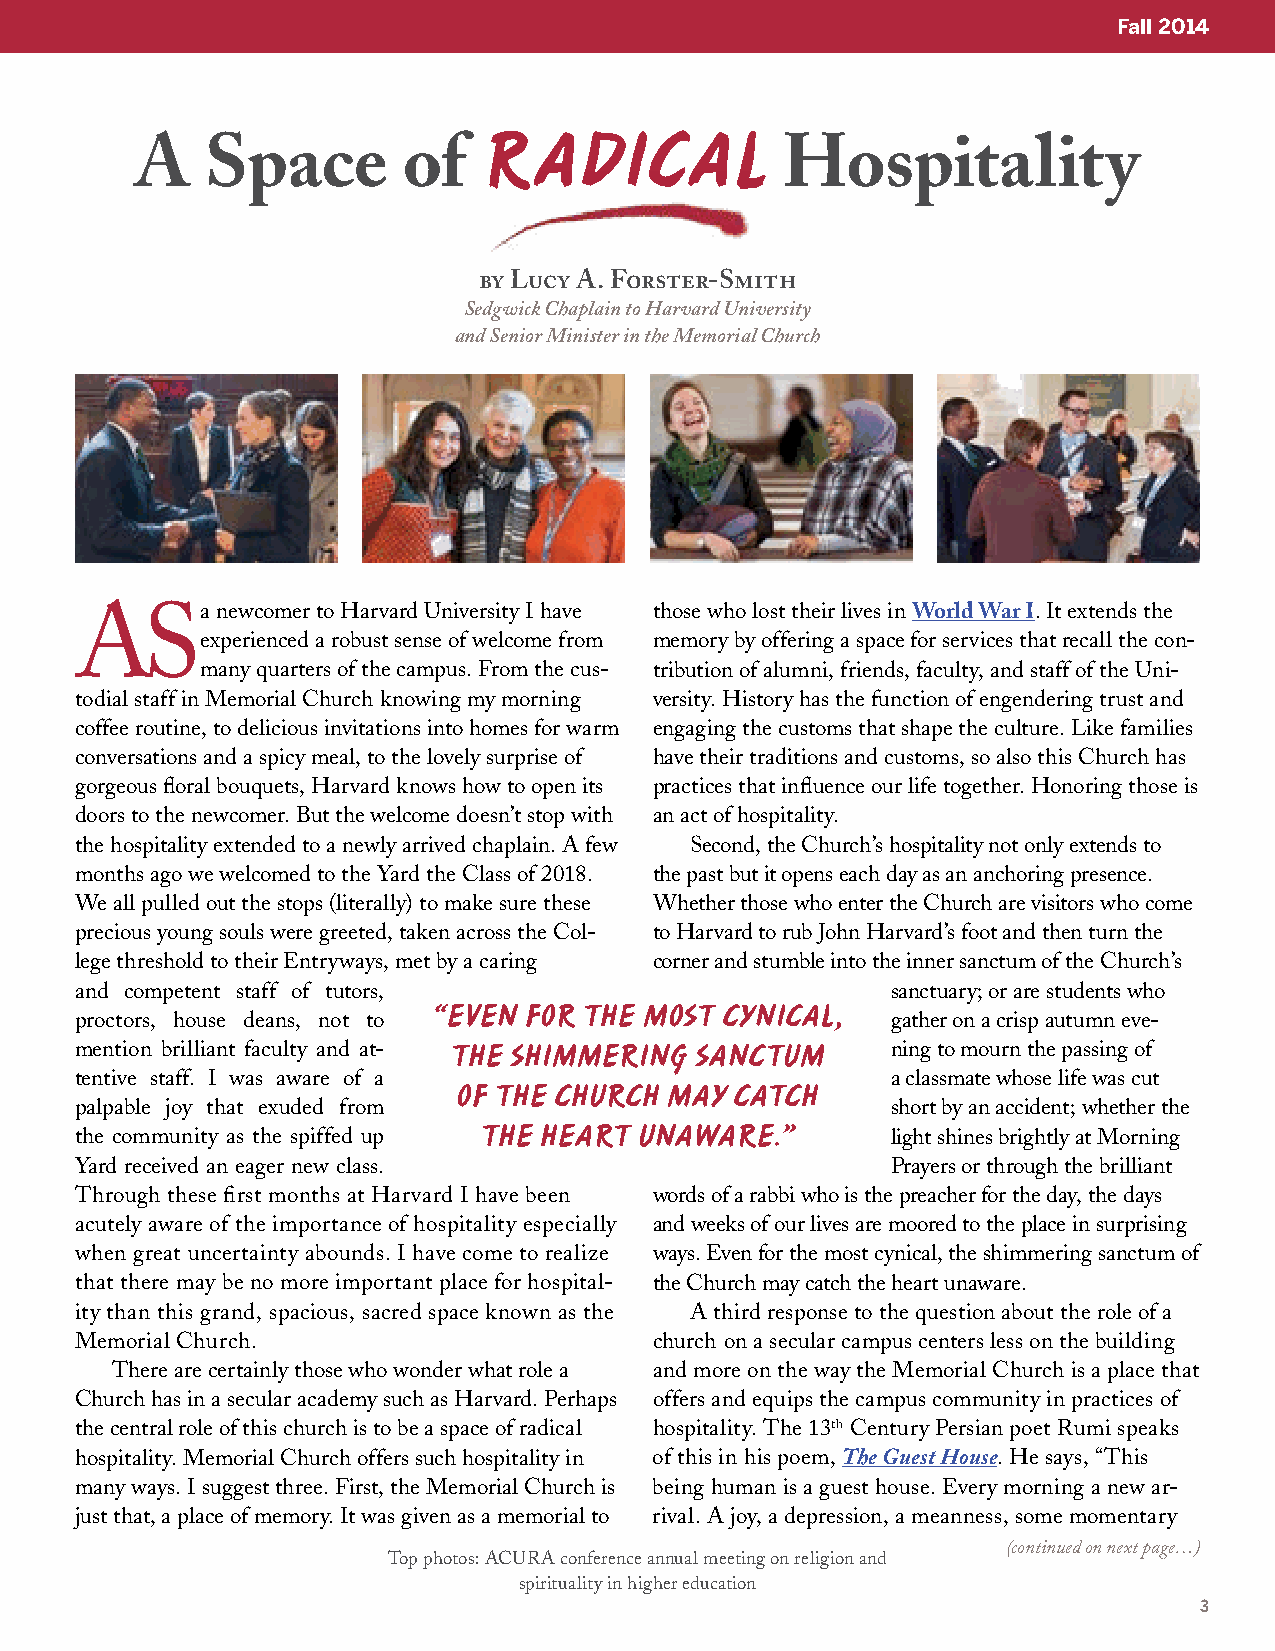
Fall 2014
 RADICAL
 A    Space        of                       Hospitality
 by Lucy A. Forster-Smith
 Sedgwick Chaplain to Harvard University
 and Senior Minister in the Memorial Church
 ASa      newcomer to Harvard University I have those who lost their lives in World War I. It extends the
 experienced a robust sense of welcome from memory by offering a space for services that recall the con-
 many quarters of the campus. From the cus- tribution of alumni, friends, faculty, and staff of the Uni-
 todial staff in Memorial Church knowing my morning versity. History has the function of engendering trust and
 coffee routine, to delicious invitations into homes for warm engaging the customs that shape the culture. Like families
 conversations and a spicy meal, to the lovely surprise of have their traditions and customs, so also this Church has
 gorgeous floral bouquets, Harvard knows how to open its practices that influence our life together. Honoring those is
 doors to the newcomer. But the welcome doesn’t stop with an act of hospitality.
 the hospitality extended to a newly arrived chaplain. A few Second, the Church’s hospitality not only extends to
 months ago we welcomed to the Yard the Class of 2018. the past but it opens each day as an anchoring presence.
 We all pulled out the stops (literally) to make sure these Whether those who enter the Church are visitors who come
 precious young souls were greeted, taken across the Col- to Harvard to rub John Harvard’s foot and then turn the
 lege threshold to their Entryways, met by a caring corner and stumble into the inner sanctum of the Church’s
 and competent staff of tutors,                        sanctuary; or are students who
 “EVEN FOR THE MOST CYNICAL,
 proctors, house deans, not to                         gather on a crisp autumn eve-
 mention brilliant faculty and at- THE SHIMMERING SANCTUM ning to mourn the passing of
 tentive staff. I was aware of a                       a classmate whose life was cut
 OF THE CHURCH MAY  CATCH
 palpable joy that exuded from                         short by an accident; whether the
 the community as the spiffed up THE HEART UNAWARE.”   light shines brightly at Morning
 Yard received an eager new class.                     Prayers or through the brilliant
 Through these first months at Harvard I have been words of a rabbi who is the preacher for the day, the days
 acutely aware of the importance of hospitality especially and weeks of our lives are moored to the place in surprising
 when great uncertainty abounds. I have come to realize ways. Even for the most cynical, the shimmering sanctum of
 that there may be no more important place for hospital- the Church may catch the heart unaware.
 ity than this grand, spacious, sacred space known as the A third response to the question about the role of a
 Memorial Church.                      church on a secular campus centers less on the building
 There are certainly those who wonder what role a and more on the way the Memorial Church is a place that
 Church has in a secular academy such as Harvard. Perhaps offers and equips the campus community in practices of
 the central role of this church is to be a space of radical hospitality. The 13th Century Persian poet Rumi speaks
 hospitality. Memorial Church offers such hospitality in of this in his poem, The Guest House. He says, “This
 many ways. I suggest three. First, the Memorial Church is being human is a guest house. Every morning a new ar-
 just that, a place of memory. It was given as a memorial to rival. A joy, a depression, a meanness, some momentary
 (continued on next page…)
 Top photos: ACURA conference annual meeting on religion and
 spirituality in higher education
 3